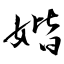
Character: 媘